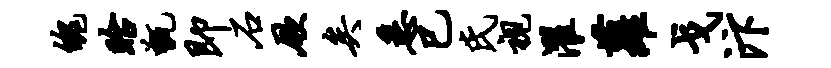
魄眙甑即石厥矣悉巳氏视濯萝戈汴